Document type: Anniversary endowment
Year: 1486
Scribe: Bartomeu Masons
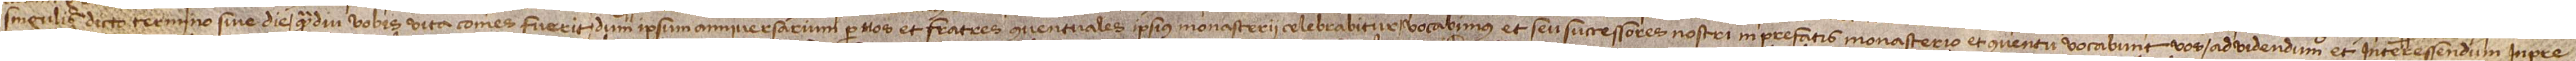
singulis dicto termino sine die, quamdiu vobis vita comes fuerit, dum ipsum anniversarium per nos et fratres conventuales ipsius monasterii celebrabitur, vocabimus et seu successores nostri in prefatis monasterio et conventu vocabunt vos, ad videndum et interessendum in pre-